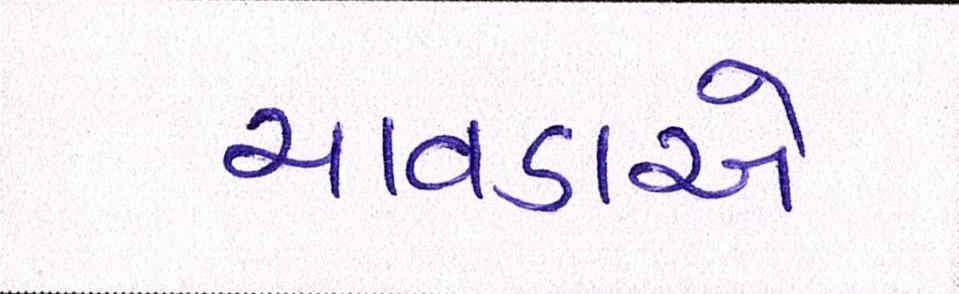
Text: ચાવડાએ